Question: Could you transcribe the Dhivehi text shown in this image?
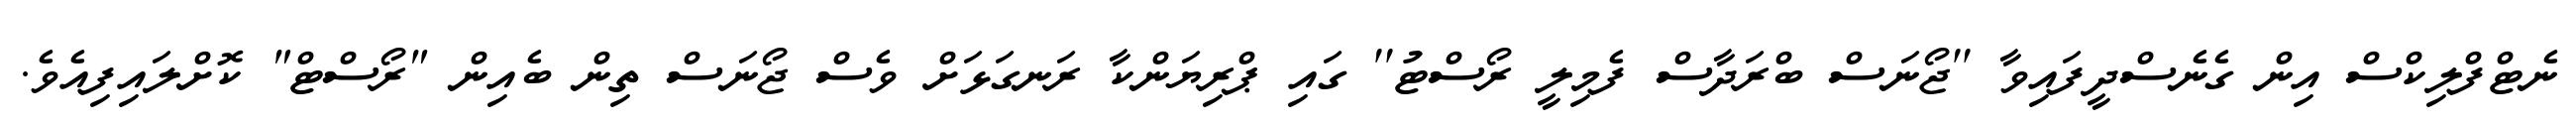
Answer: ނެޓްފްލިކްސް އިން ގެނެސްދީފައިވާ ''ޖޯނަސް ބްރަދާސް ފެމިލީ ރޯސްޓު'' ގައި ޕްރިޔަންކާ ރަނގަޅަށް ވެސް ޖޯނަސް ތިން ބެއިން "ރޯސްޓް" ކޮށްލައިފިއެވެ.